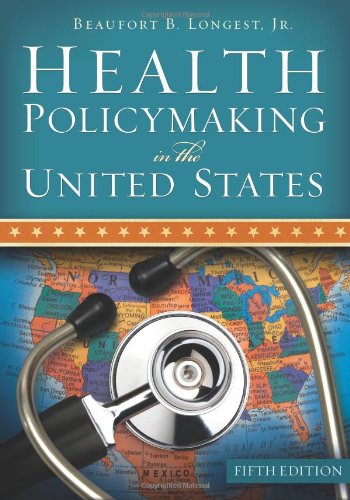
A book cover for Health Policymaking in the United States, Fifth Edition; Beaufort B. Longest; Medical Books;